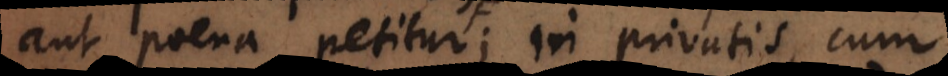
aut poena petitur,; in privatis, cum